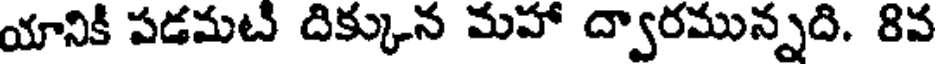
యానికి పడమటి దిక్కున మహా ద్వారమున్నది. 8వ